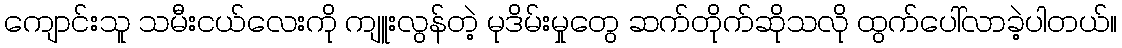
ကျောင်းသူ သမီးငယ်လေးကို ကျူးလွန်တဲ့ မုဒိမ်းမှုတွေ ဆက်တိုက်ဆိုသလို ထွက်ပေါ်လာခဲ့ပါတယ်။